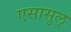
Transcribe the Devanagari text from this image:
एसासुल्